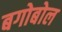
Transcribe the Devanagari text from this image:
बगोबोल